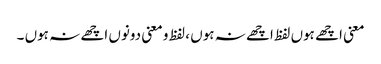
معنی اچھے ہوں لفظ اچھے نہ ہوں ، لفظ و معنی دونوں اچھے نہ ہوں ۔